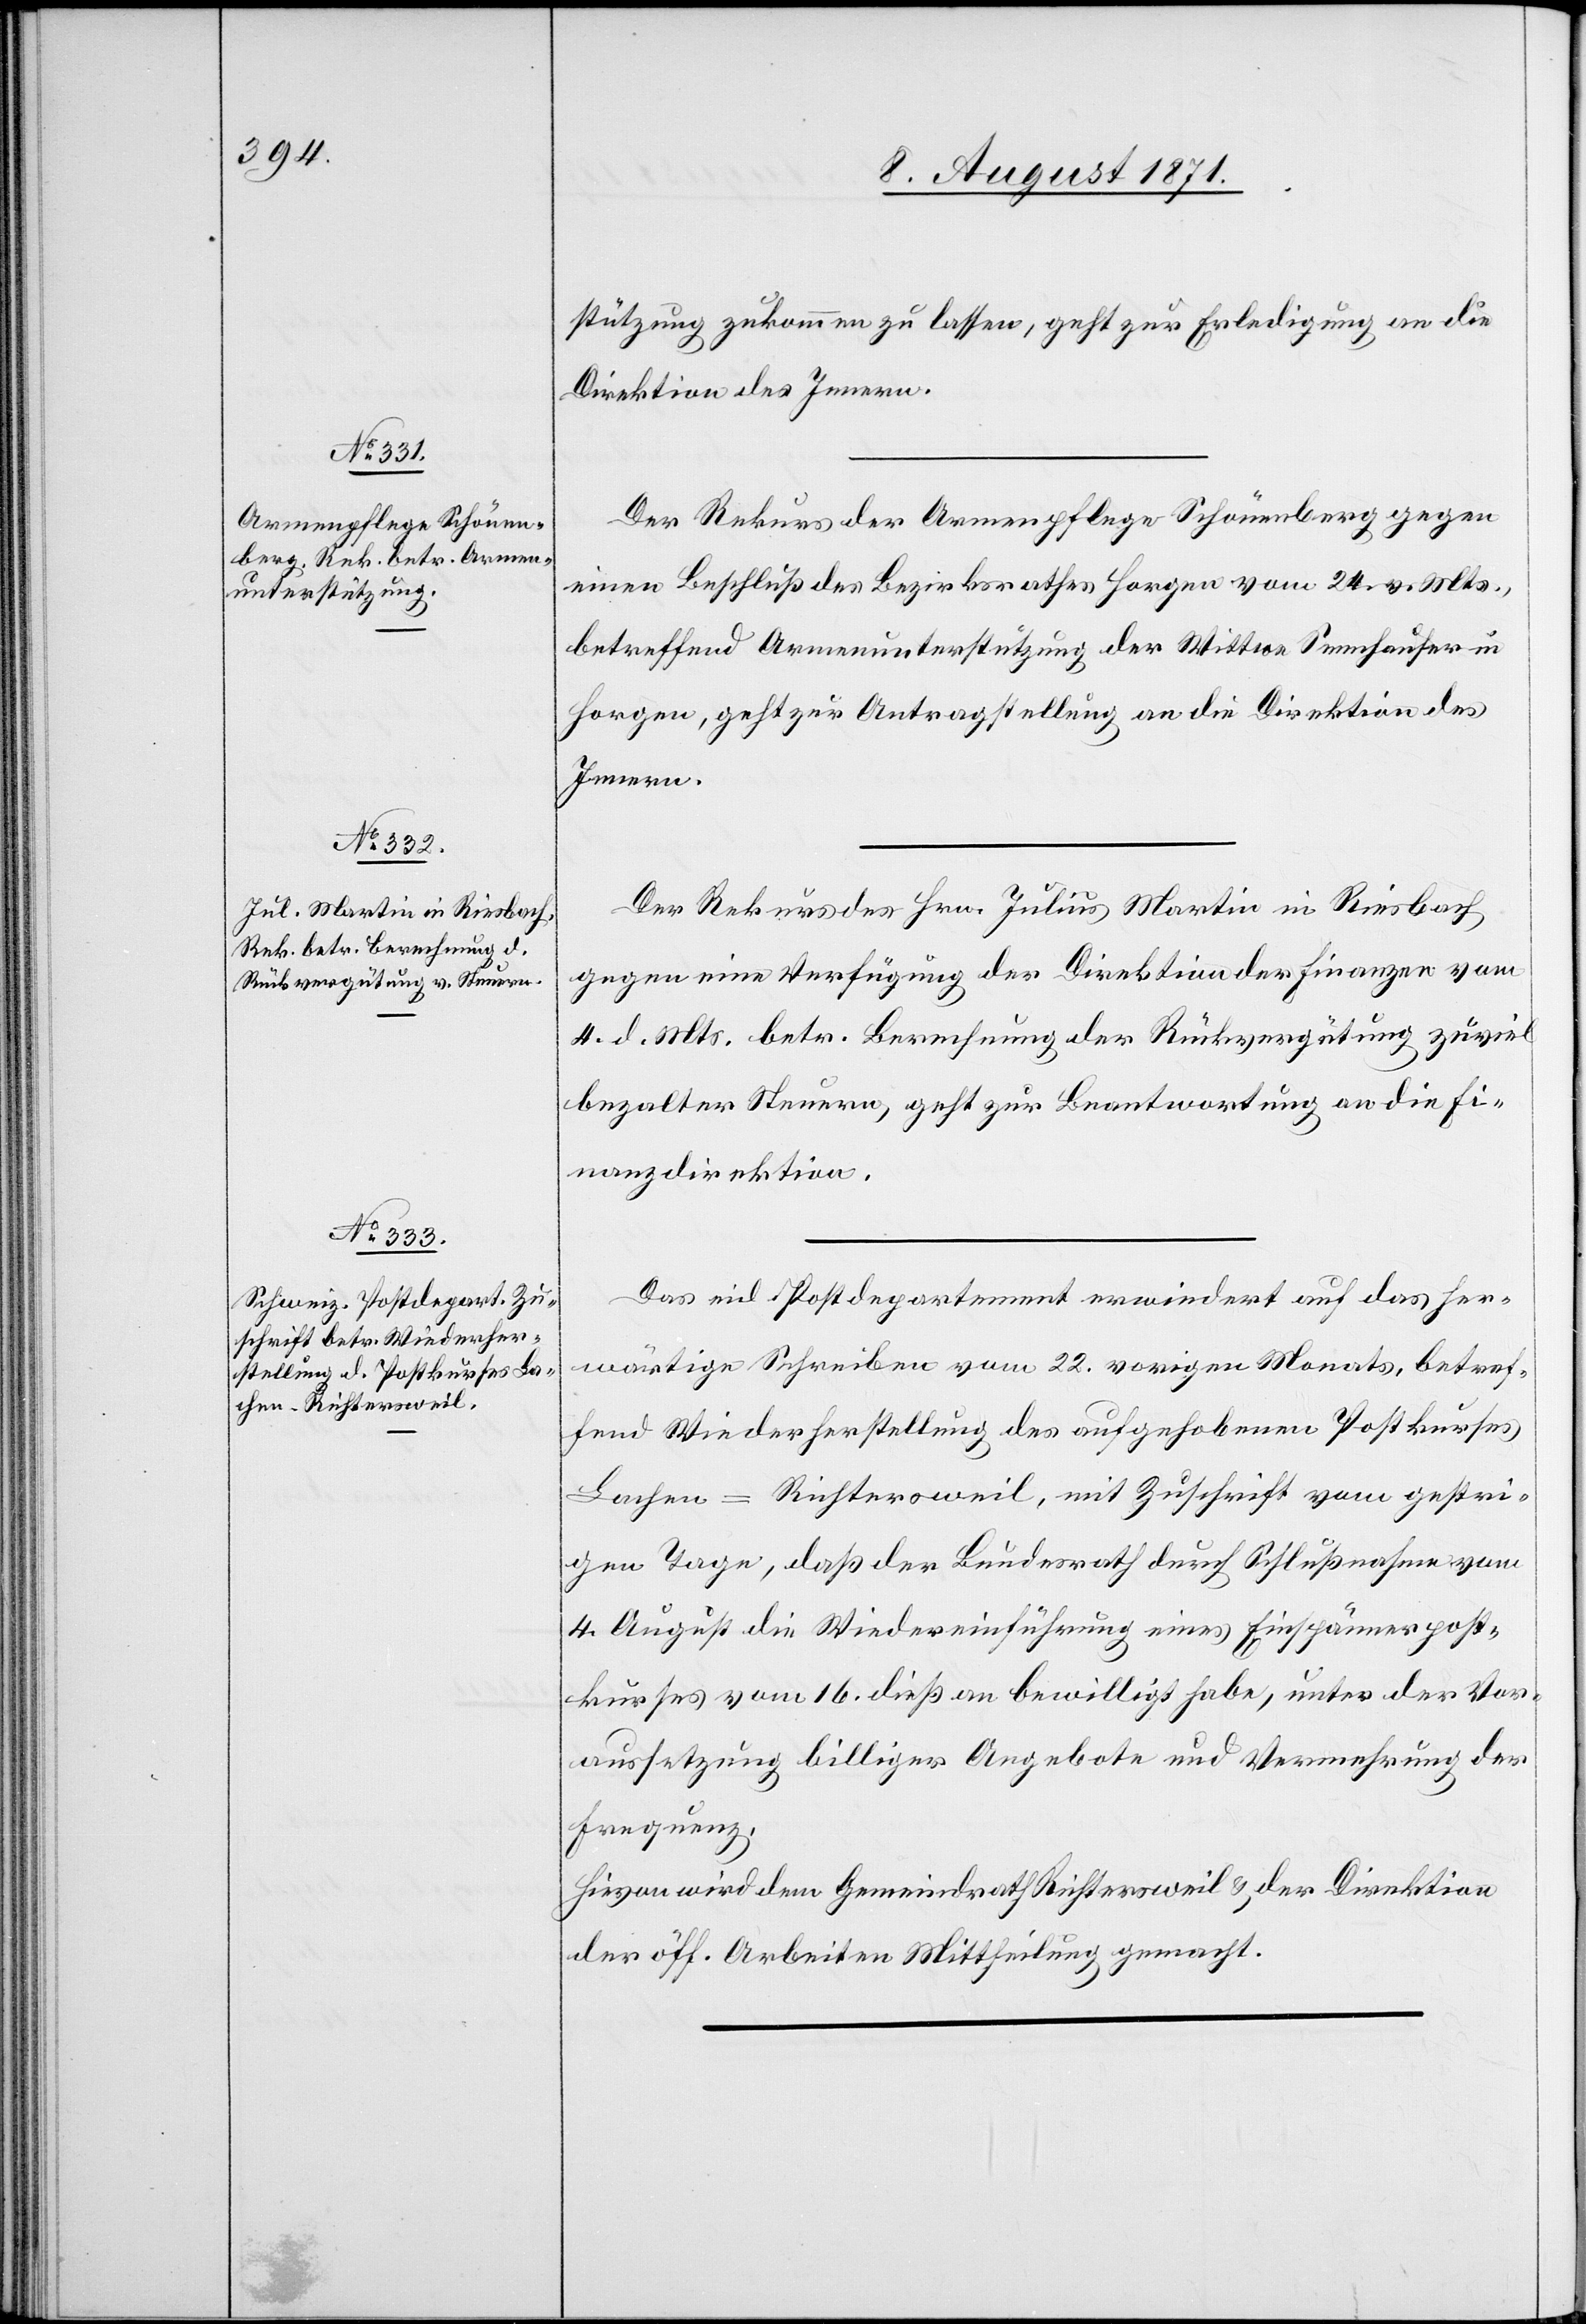
8. August 1871.]
stützung zukommen zu lassen, geht zur Erledigung an die
Direktion des Innern.
Der Rekurs der Armenpflege Schönenberg gegen
einen Beschluß des Bezirksrathes Horgen vom 24. v. Mts.,
betreffend Armenunterstützung der Wittwe Sennhauser in
Horgen, geht zur Antragstellung an die Direktion des
Innern.
Der Rekurs des Hrn. Julius Martin in Riesbach
gegen eine Verfügung der Direktion der Finanzen vom
4. d. Mts. betr. Berechnung der Rückvergütung zuviel
bezalter Steuern, geht zur Beantwortung an die Fi¬
nanzdirektion.
Das eid. Postdepartement erwiedert auf das her¬
wärtige Schreiben vom 22. vorigen Monats, betref¬
fend Wiederherstellung des aufgehobenen Postkurses
Lachen–Richtersweil, mit Zuschrift vom gestri¬
gen Tage, daß der Bundesrath durch Schlußnahme vom
4. August die Wiedereinführung eines Einspännerpost¬
kurses vom 16. dieß an bewilligt habe, unter der Vor¬
aussetzung billiger Angebote und Vermehrung der
Frequenz.
Hievon wird dem Gemeindrath Richtersweil & der Direktion
der öff. Arbeiten Mittheilung gemacht.